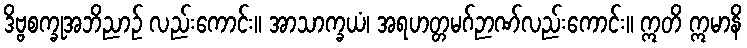
ဒိဗ္ဗစက္ခုအဘိညာဉ် လည်းကောင်း။ အာသာက္ခယံ၊ အရဟတ္တမဂ်ဉာဏ်လည်းကောင်း။ ဣတိ ဣမာနိ